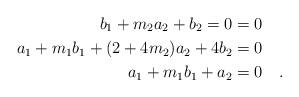
LaTeX: \begin{align*} & \phantom{o} & b_1 + m_2 a_2 +b_2 =0 &=0 \ \ \ \\& \phantom{o} & a_1 + m_1 b_1 + (2+4m_2) a_2 + 4 b_2 &=0 \ \ \ \\& \phantom{o} & a_1+ m_1 b_1+a_2 &= 0 \ \ \ . \end{align*}